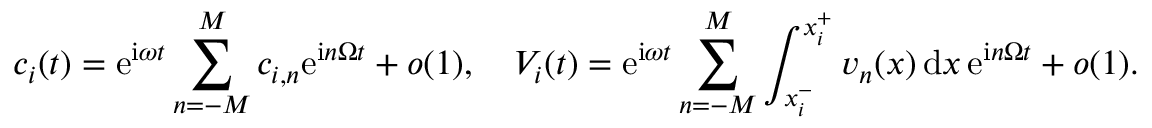
c _ { i } ( t ) = \mathrm { e } ^ { \mathrm { i } \omega t } \sum _ { n = - M } ^ { M } c _ { i , n } \mathrm { e } ^ { \mathrm { i } n \Omega t } + o ( 1 ) , \quad V _ { i } ( t ) = \mathrm { e } ^ { \mathrm { i } \omega t } \sum _ { n = - M } ^ { M } \int _ { x _ { i } ^ { - } } ^ { x _ { i } ^ { + } } v _ { n } ( x ) \, \mathrm { d } x \, \mathrm { e } ^ { \mathrm { i } n \Omega t } + o ( 1 ) .